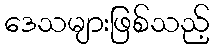
ဒေသများဖြစ်သည့်